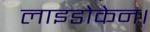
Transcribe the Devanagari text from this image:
लाइडोकेन।